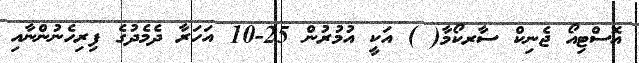
އޮސްޓިއޯ ޖެނިކް ސާރކޯމާ( ) އަކީ އުމުރުން 25-10 އަހަރާ ދެމެދުގެ ފިރިހެނުންނާއި